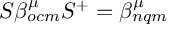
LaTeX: S \beta _ { o c m } ^ { \mu } S ^ { + } = \beta _ { n q m } ^ { \mu }